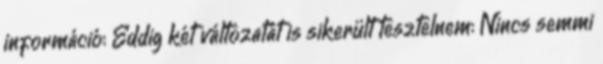
információ: Eddig két változatát is sikerült tesztelnem: Nincs semmi